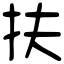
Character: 扶